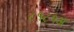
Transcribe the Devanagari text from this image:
८१८१अ